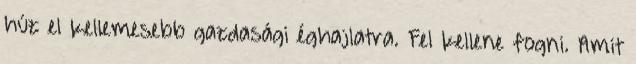
húz el kellemesebb gazdasági éghajlatra. Fel kellene fogni. Amit